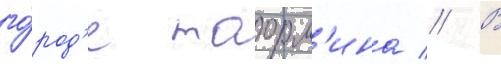
го́род'е таорм'ина // В